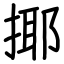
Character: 揶